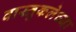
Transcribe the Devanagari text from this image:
वास्तुकलेच्या